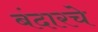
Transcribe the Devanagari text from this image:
बंदारचे